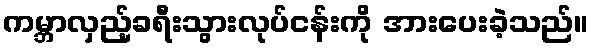
ကမ္ဘာလှည့်ခရီးသွားလုပ်ငန်းကို အားပေးခဲ့သည်။